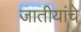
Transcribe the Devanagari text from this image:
जातीयांचे